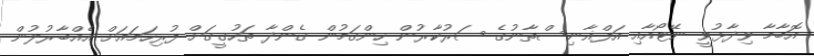
އޮބާމާ ވިދާޅުވީ ނޭޓޯއާއި އަފްޣާނިސްތާނުގެ ސަރުކާރުން ހިންގަމުން ގެންދާ ތަހުގީގަށް ފުރިހަމައަށް އެއްބާރުލުން